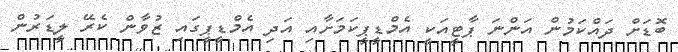
ބޮޑަށް ދައްކަމުން އަންނަ ޕާޓީއަކީ އެމްޑީޕީކަމަށާއި އަދި އެމްޑީޕީގައި ޒުވާން ކެރޭ ލީޑަރުން